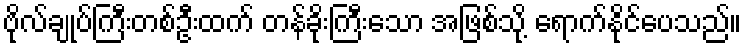
ဗိုလ်ချုပ်ကြီးတစ်ဦးထက် တန်ခိုးကြီးသော အဖြစ်သို့ ရောက်နိုင်ပေသည်။